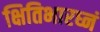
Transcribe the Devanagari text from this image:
क्षितिभारघ्नं